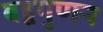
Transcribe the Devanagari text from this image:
बहुगुणन